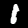
Digit: 1